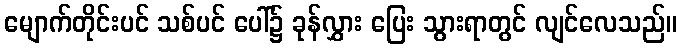
မျောက်တိုင်းပင် သစ်ပင် ပေါ်၌ ခုန်လွှား ပြေး သွားရာတွင် လျင်လေသည်။